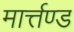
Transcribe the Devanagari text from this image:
मार्त्तण्ड